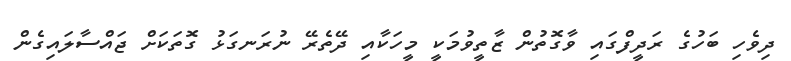
ދިވެހި ބަހުގެ ރަދީފްގައި ވާގޮތުން ޒާތީވުމަކީ މީހަކާއި ދޭތެރޭ ނުރަނގަޅު ގޮތަކަށް ޖައްސާލައިގެން